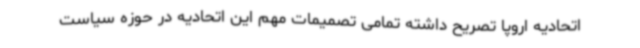
اتحادیه اروپا تصریح داشته تمامی تصمیمات مهم این اتحادیه در حوزه سیاست